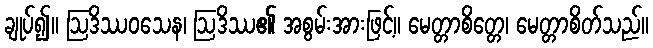
ချုပ်၍။ ဩဒိဿဝသေန၊ ဩဒိဿ၏ အစွမ်းအားဖြင့်။ မေတ္တာစိတ္တေ၊ မေတ္တာစိတ်သည်။